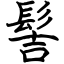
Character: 髻